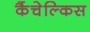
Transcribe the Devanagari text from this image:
कैंचेल्किस